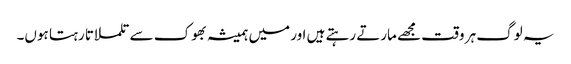
یہ لوگ ہر وقت مجھے مارتے رہتے ہیں اور میں ہمیشہ بھوک سے تلملاتا رہتا ہوں۔